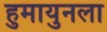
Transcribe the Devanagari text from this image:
हुमायुनला